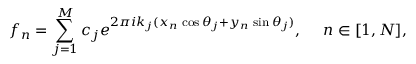
f _ { n } = \sum _ { j = 1 } ^ { M } c _ { j } e ^ { 2 \pi i k _ { j } ( x _ { n } \, \cos \theta _ { j } + y _ { n } \, \sin \theta _ { j } ) } , ~ ~ ~ ~ n \in [ 1 , N ] ,